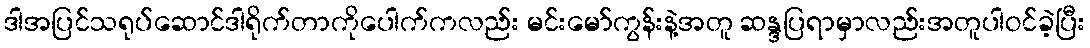
ဒါအပြင်သရုပ်ဆောင်ဒါရိုက်တာကိုပေါက်ကလည်း မင်းမော်ကွန်းနဲ့အတူ ဆန္ဒပြရာမှာလည်းအတူပါဝင်ခဲ့ပြီး